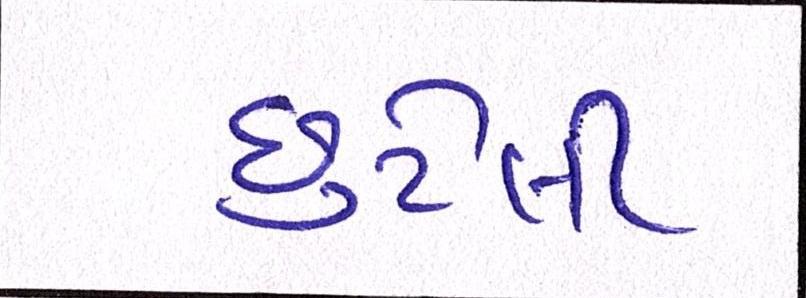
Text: છુટેલી